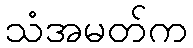
သံအမတ်က